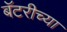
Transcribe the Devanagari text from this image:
बॅटरीच्या